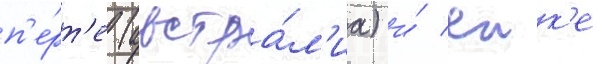
п'е́рт'е (австра́л'иа) и́ еик'е